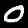
Digit: 0